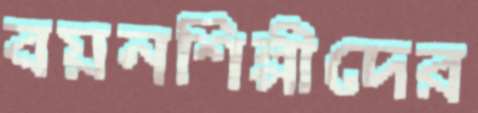
বয়নশিল্পীদের